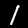
Digit: 1